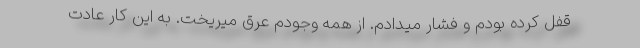
قفل کرده بودم و فشار میدادم. از همه وجودم عرق میریخت. به این کار عادت